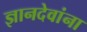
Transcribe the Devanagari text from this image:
ज्ञानदेवांना